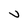
Character: v